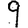
Digit: 9